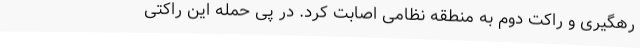
رهگیری و راکت دوم به منطقه نظامی اصابت کرد. در پی حمله این راکتی